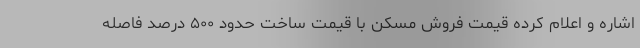
اشاره و اعلام کرده قیمت فروش مسکن با قیمت ساخت حدود ۵۰۰ درصد فاصله